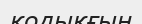
қодықғын